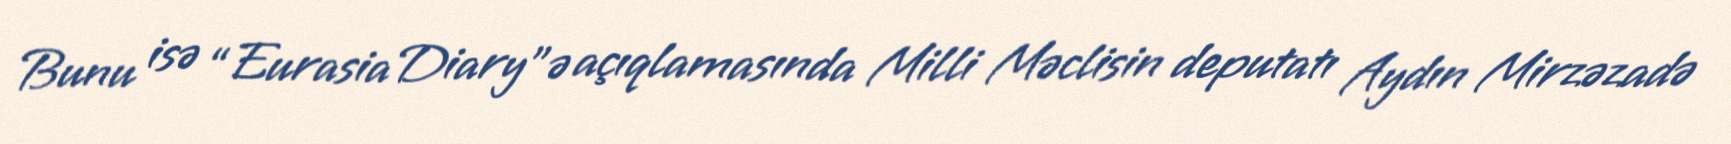
Bunu isə “Eurasia Diary”ə açıqlamasında Milli Məclisin deputatı Aydın Mirzəzadə